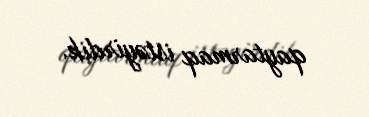
qaytarmaq istəyirdik.